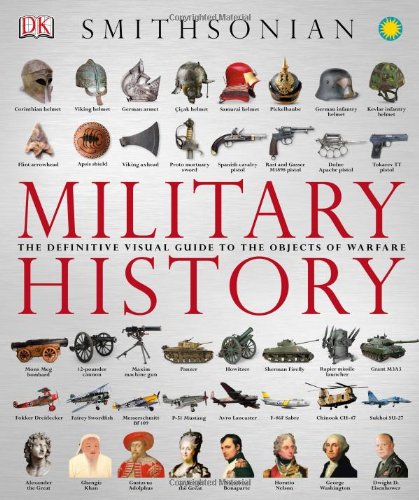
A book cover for Military History: The Definitive Visual Guide to the Objects of Warfare; DK Publishing; Arts & Photography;